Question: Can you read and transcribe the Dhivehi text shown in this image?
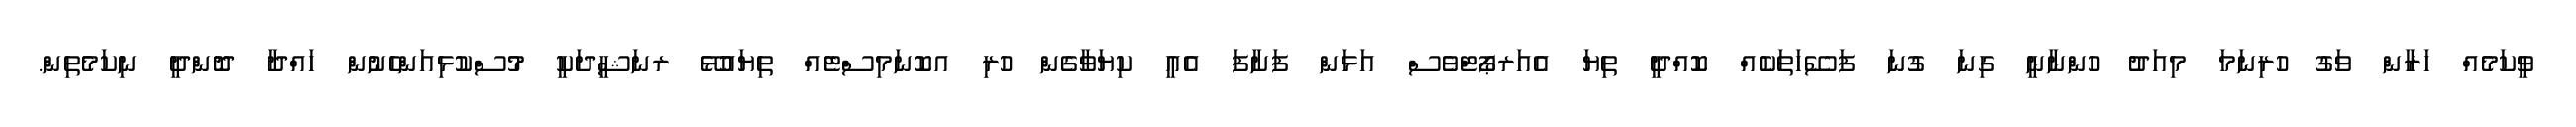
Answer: ވީކަމެއް ހަރާން ވަގު ހުރިނަމަ މިއަދު ހުންނާނީ ގިނަ ގުނަ ފަސޭހަތަކެއް ކޮއްދީ ތިޔަ އެއަރޕޯޓްވެސް އަޅަން ފަށާފަ އެއީ ކިޔަވާގެން ހުރި އކޮނަމިސްޓެއް ތިޔައުޅޭ ރނަޝީދަކީ މުސްކުޅިއަންހެނުން ހައްދާ ދޮންދީ ނިކަމެތިން.